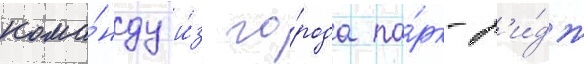
кома́нду и́з го́рода па́рк-р'и́дж